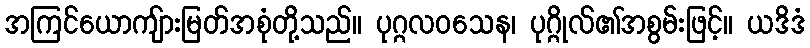
အကြင်ယောကျ်ားမြတ်အစုံတို့သည်။ ပုဂ္ဂလဝသေန၊ ပုဂ္ဂိုလ်၏အစွမ်းဖြင့်။ ယဒိဒံ